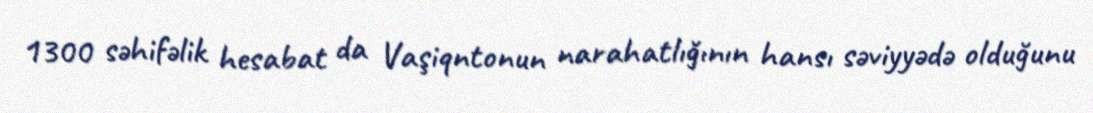
1300 səhifəlik hesabat da Vaşiqntonun narahatlığının hansı səviyyədə olduğunu